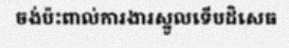
ចង់ប៉ះពាល់ការងារស្នូលទើបដិសេធ